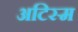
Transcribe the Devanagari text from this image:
अटिस्म